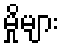
မှိုများ